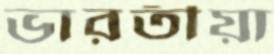
ভারতীয়া